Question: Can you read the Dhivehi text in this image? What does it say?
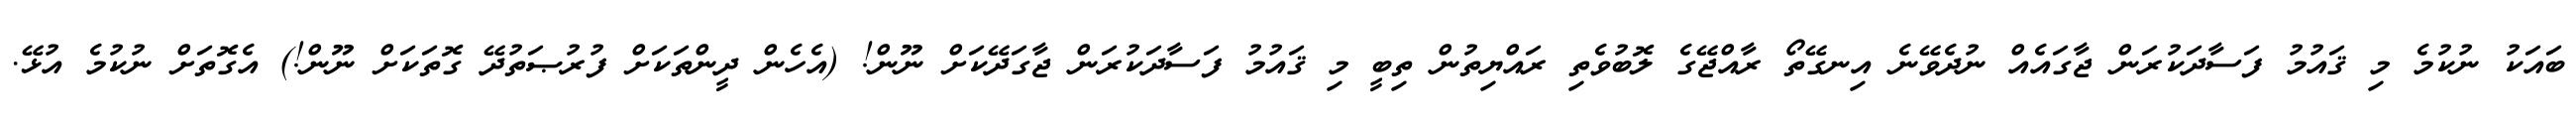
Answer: ބައަކު ނުކުމެ މި ޤައުމު ފަސާދަކުރަން ޖާގައެއް ނުދެވޭނެ އިނގޭތޯ ރާއްޖޭގެ ލޮބުވެތި ރައްޔިތުން ތިބީ މި ޤައުމު ފަސާދަކުރަން ޖާގަދޭކަށް ނޫން! (އެހެން ދީންތަކަށް ފުރުޞަތުދޭ ގޮތަކަށް ނޫން!) އެގޮތަށް ނުކުމެ އުޅޭ.